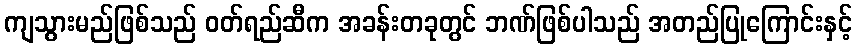
ကျသွားမည်ဖြစ်သည် ဝတ်ရည်ဆီက အခန်းတခုတွင် ဘဏ်ဖြစ်ပါသည် အတည်ပြုကြောင်းနှင့်